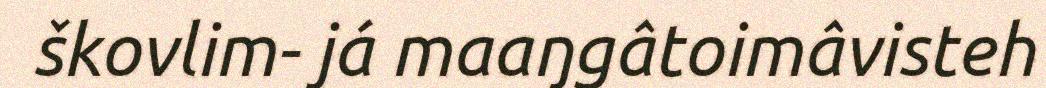
škovlim- já maaŋgâtoimâvisteh